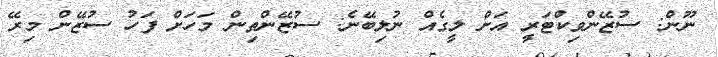
ނޫން: ސުޒޭންވިކްޓަރީ އަށް ލީގެއް ނުލިބޭނެ: ސުޒޭންތިން މަހަށް ފަހު ސުޒޭން މިރޭ